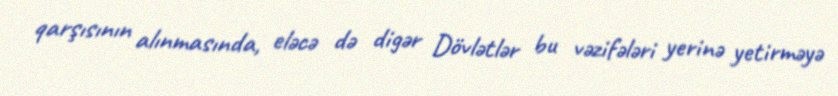
qarşısının alınmasında, eləcə də digər Dövlətlər bu vəzifələri yerinə yetirməyə